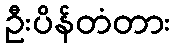
ဦးပိန်တံတား